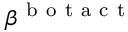
\beta ^ { \mathrm { ~ b ~ o ~ t ~ a ~ c ~ t ~ } }